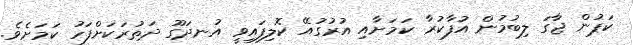
ކަޕުން ޖާގަ ލިބުމުން އުފާކުރާ ކަމަށާއި އުރުގުއޭ ކޮލިފައިވީ އުނދަގޫ ދަތުރަކަށްފަހު ކަމަށެވެ.